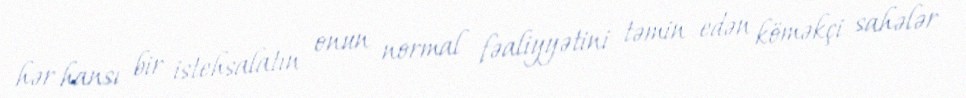
hər hansı bir istehsalatın onun normal fəaliyyətini təmin edən köməkçi sahələr